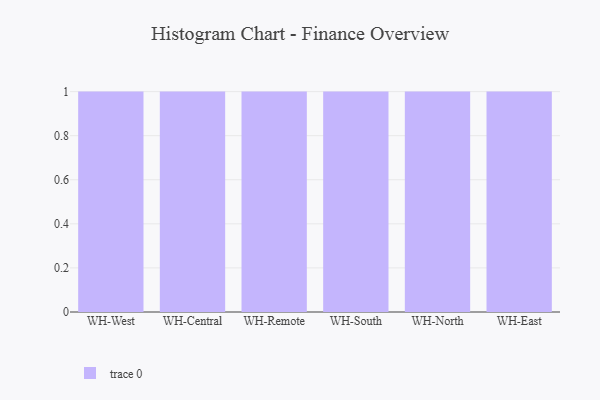
{"axis": {"x": "Warehouse", "y": "Net Income (USD K)"}, "legend": [""], "data": [{"x": "WH-West", "y": 56, "type": ""}, {"x": "WH-Central", "y": 6, "type": ""}, {"x": "WH-Remote", "y": 35, "type": ""}, {"x": "WH-South", "y": 57, "type": ""}, {"x": "WH-North", "y": 57, "type": ""}, {"x": "WH-East", "y": 7, "type": ""}]}